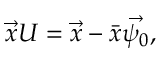
\begin{array} { r } { \vec { x } U = \vec { x } - \bar { x } \vec { \psi _ { 0 } } , } \end{array}